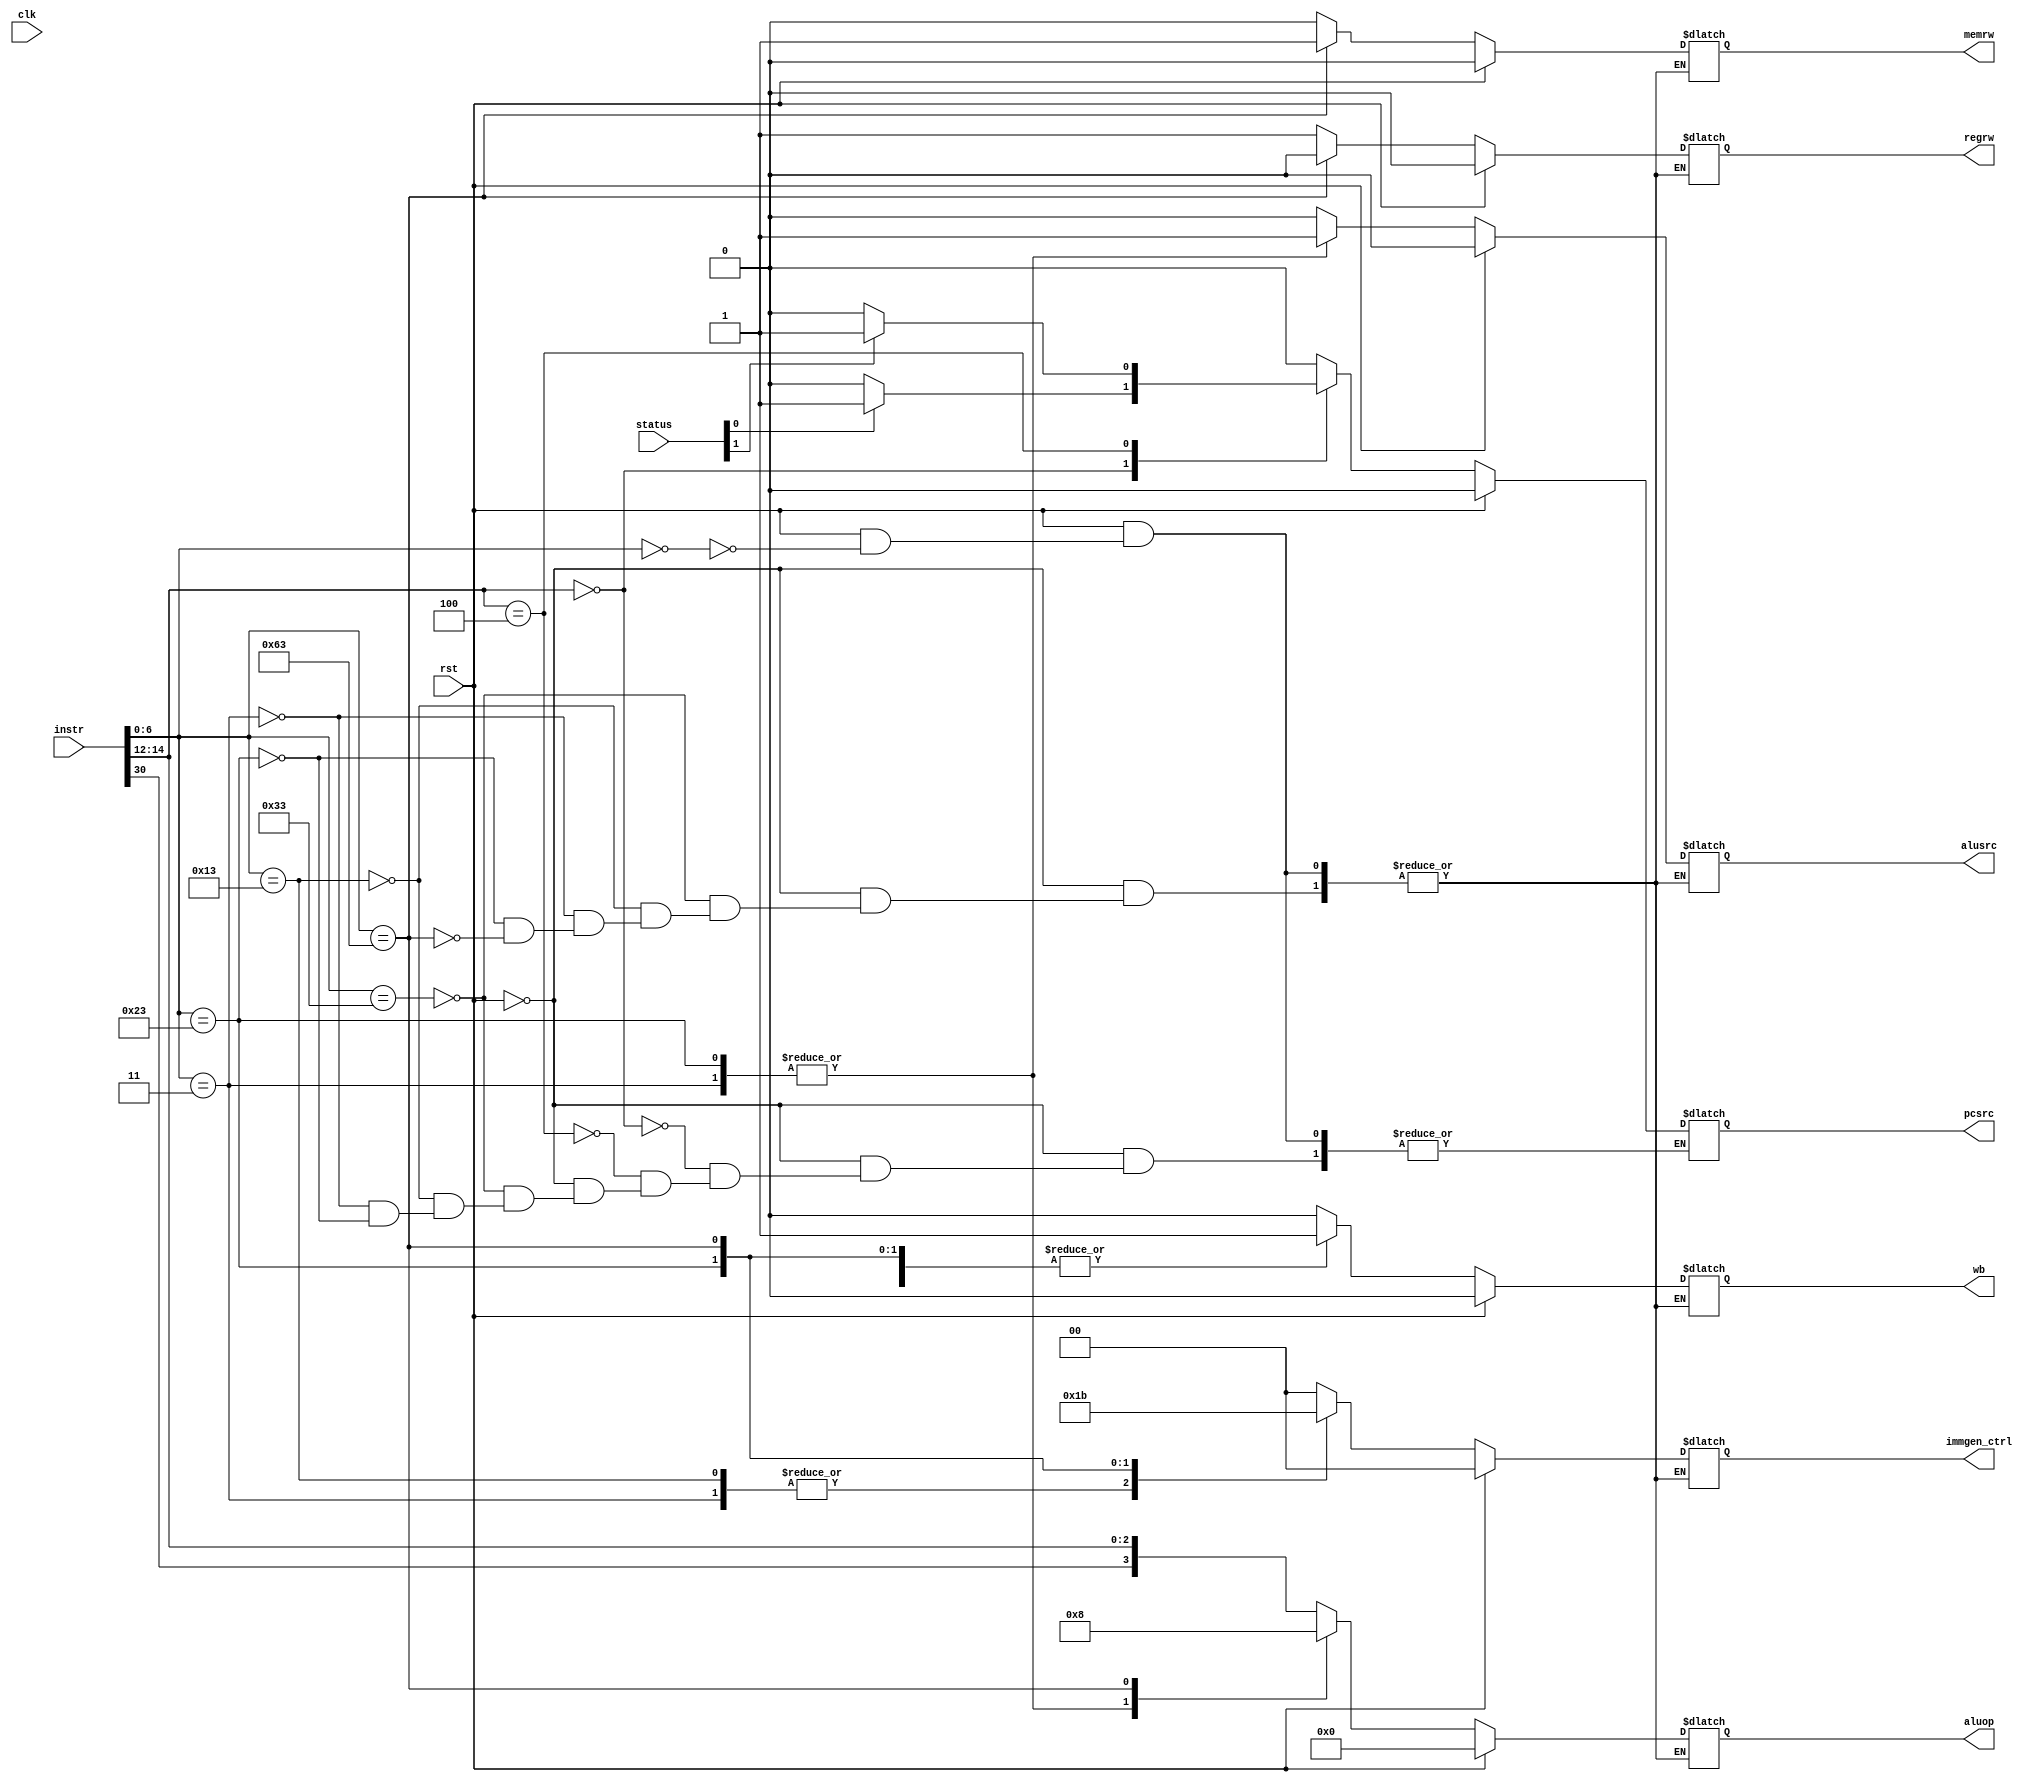
module control_unit(status, instr, pcsrc, alusrc, aluop, memrw, wb, regrw, immgen_ctrl, rst, clk);
input [31:0] instr;
input [4:0] status;
input rst, clk;
output reg pcsrc, alusrc, memrw, wb, regrw;
output reg [3:0] aluop;
output reg [1:0] immgen_ctrl;


always @(instr or rst) begin
	if(rst == 0) begin
		case(instr[6:0]) 
		7'b0110011: begin // R-Type Opcode
		pcsrc = 1'b0;
		alusrc = 1'b0; // A-Sel
		memrw = 1'b0;
		wb = 1'b0;
		regrw = 1'b1;
		immgen_ctrl = 2'b00; // not used for R-Type
		aluop = {instr[30], instr[14:12]}; // same for R and I Type
		end 
		
		7'b0010011: begin //I-Type Opcode
		pcsrc = 1'b0;
		alusrc = 1'b0;
		memrw = 1'b0;
		wb = 1'b0;
		regrw = 1'b1;
		immgen_ctrl = 2'b01; // From datapath imm_gen module
		aluop = {instr[30], instr[14:12]}; // same for R and I Type
		end
		
		7'b0000011: begin //LW (I-Type but different opcode)
		pcsrc = 1'b0;
		alusrc = 1'b1;
		memrw = 1'b0;
		wb = 1'b1;
		regrw = 1'b1;
		immgen_ctrl = 2'b01; //imm_gen module for I-Type
		aluop = 4'b0000;
		end
		
		7'b0100011: begin //S-Type opcode
		pcsrc = 1'b0;
		alusrc = 1'b1;
		memrw = 1'b0;
		wb = 1'b1;
		regrw = 1'b1;
		immgen_ctrl = 2'b10; //imm_gen module for S-Type
		aluop = 4'b0000;
		end
		
		7'b1100011: begin //B-Type opcode
		//pcsrc defined in case below
		alusrc = 1'b0;
		memrw = 1'b1;
		wb = 1'b1;
		regrw = 1'b0;
		immgen_ctrl = 2'b11; //imm_gen module for B-Type
		aluop = 4'b1000;
		end
		endcase
		
		case(instr[14:12]) //For pcsrc in B-Type
		3'b000: begin
		pcsrc = status[0] ? 1'b1 : 1'b0; // carry from status
		end
		3'b100: begin
		pcsrc = status[1] ? 1'b1 : 1'b0; // negative from status
		end
		endcase
	end
	else
		case(instr[6:0])
		7'b0000000: begin
		pcsrc = 1'b0;
		alusrc = 1'b0;
		memrw = 1'b0;
		wb = 1'b0;
		regrw = 1'b0;
		immgen_ctrl = 2'b00;
		aluop = 4'b0000;
		end
		endcase
end
endmodule